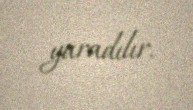
yaradılır.